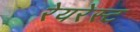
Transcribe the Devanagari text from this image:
रेयरेस्ट